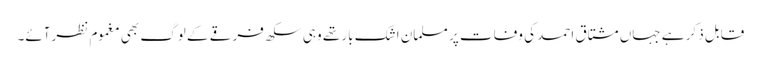
قابل ذکر ہے جہاں مشتاق احمد کی وفات پر مسلمان اشک بار تھے وہی سکھ فرقے کے لوگ بھی مغموم نظرآئے۔